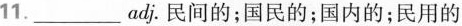
11. ___ adj.民间的;国民的;国内的;民用的